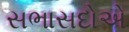
સભાસદોએ